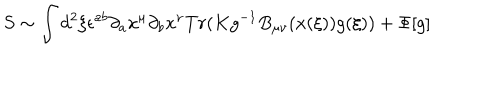
S \sim \int d ^ { 2 } \xi \epsilon ^ { a b } \partial _ { a } x ^ { \mu } \partial _ { b } x ^ { \nu } T r ( K g ^ { - 1 } B _ { \mu \nu } ( x ( \xi ) ) g ( \xi ) ) + \Phi [ g ]